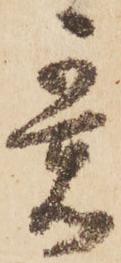
意